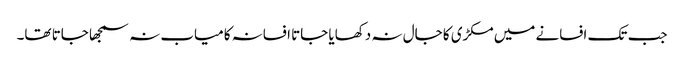
جب تک افسانے میں مکڑی کا جال نہ دکھایا جاتا افسانہ کامیاب نہ سمجھا جاتا تھا۔